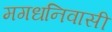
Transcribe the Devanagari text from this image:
मगधनिवासी